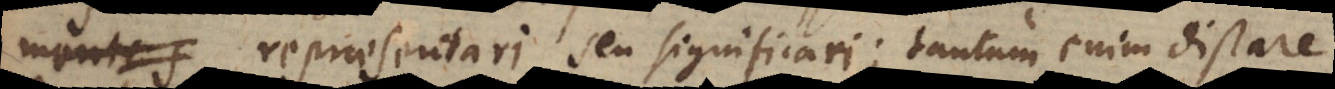
mente s repraesentari seu significari; tantum enim distare